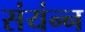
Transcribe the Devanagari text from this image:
संयंन्न